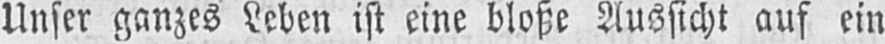
Unser ganzes Leben ist eine bloße Aussicht auf ein